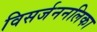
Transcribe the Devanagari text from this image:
विसर्जननलिका